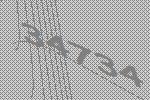
34734